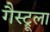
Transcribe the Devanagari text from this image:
गैस्ट्रूला